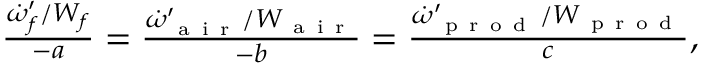
\begin{array} { r } { \frac { \dot { \omega } _ { f } ^ { \prime } / W _ { f } } { - a } = \frac { \dot { \omega } _ { \mathrm { ~ a ~ i ~ r ~ } } ^ { \prime } / W _ { \mathrm { ~ a ~ i ~ r ~ } } } { - b } = \frac { \dot { \omega } _ { \mathrm { ~ p ~ r ~ o ~ d ~ } } ^ { \prime } / W _ { \mathrm { ~ p ~ r ~ o ~ d ~ } } } { c } , } \end{array}